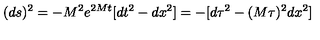
( d s ) ^ { 2 } = - M ^ { 2 } e ^ { 2 M t } [ d t ^ { 2 } - d x ^ { 2 } ] = - [ d \tau ^ { 2 } - ( M \tau ) ^ { 2 } d x ^ { 2 } ]